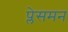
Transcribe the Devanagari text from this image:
प्लेसमन